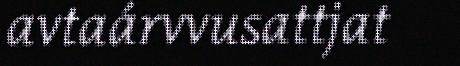
avtaárvvusattjat